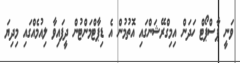
ވަނީ ޕާސްޕޯޓް ހަދަން އިމިގްރޭޝަންގައި އޮތުމުން އެ ޑިޕާޓްމަންޓުން ދީފައިވާ ލިއުމެއްގައި މިދިޔަ